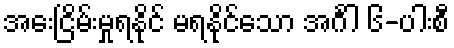
အေးငြိမ်းမှုရနိုင် မရနိုင်သော အင်္ဂါ ၆-ပါးစီ